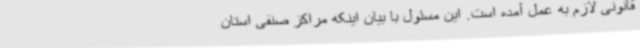
قانونی لازم به عمل آمده است. این مسئول با بیان ‌اینکه مراکز صنفی استان